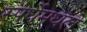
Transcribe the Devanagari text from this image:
स्पर्धेमधले